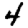
Digit: 4